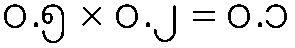
၀.၅ × ၀.၂ = ၀.၁